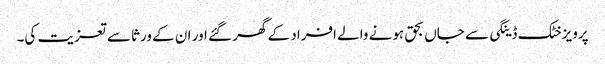
پرویزخٹک ڈینگی سے جاں بحق ہونے والے افراد کے گھر گئے اور ان کے ورثا سے تعزیت کی۔